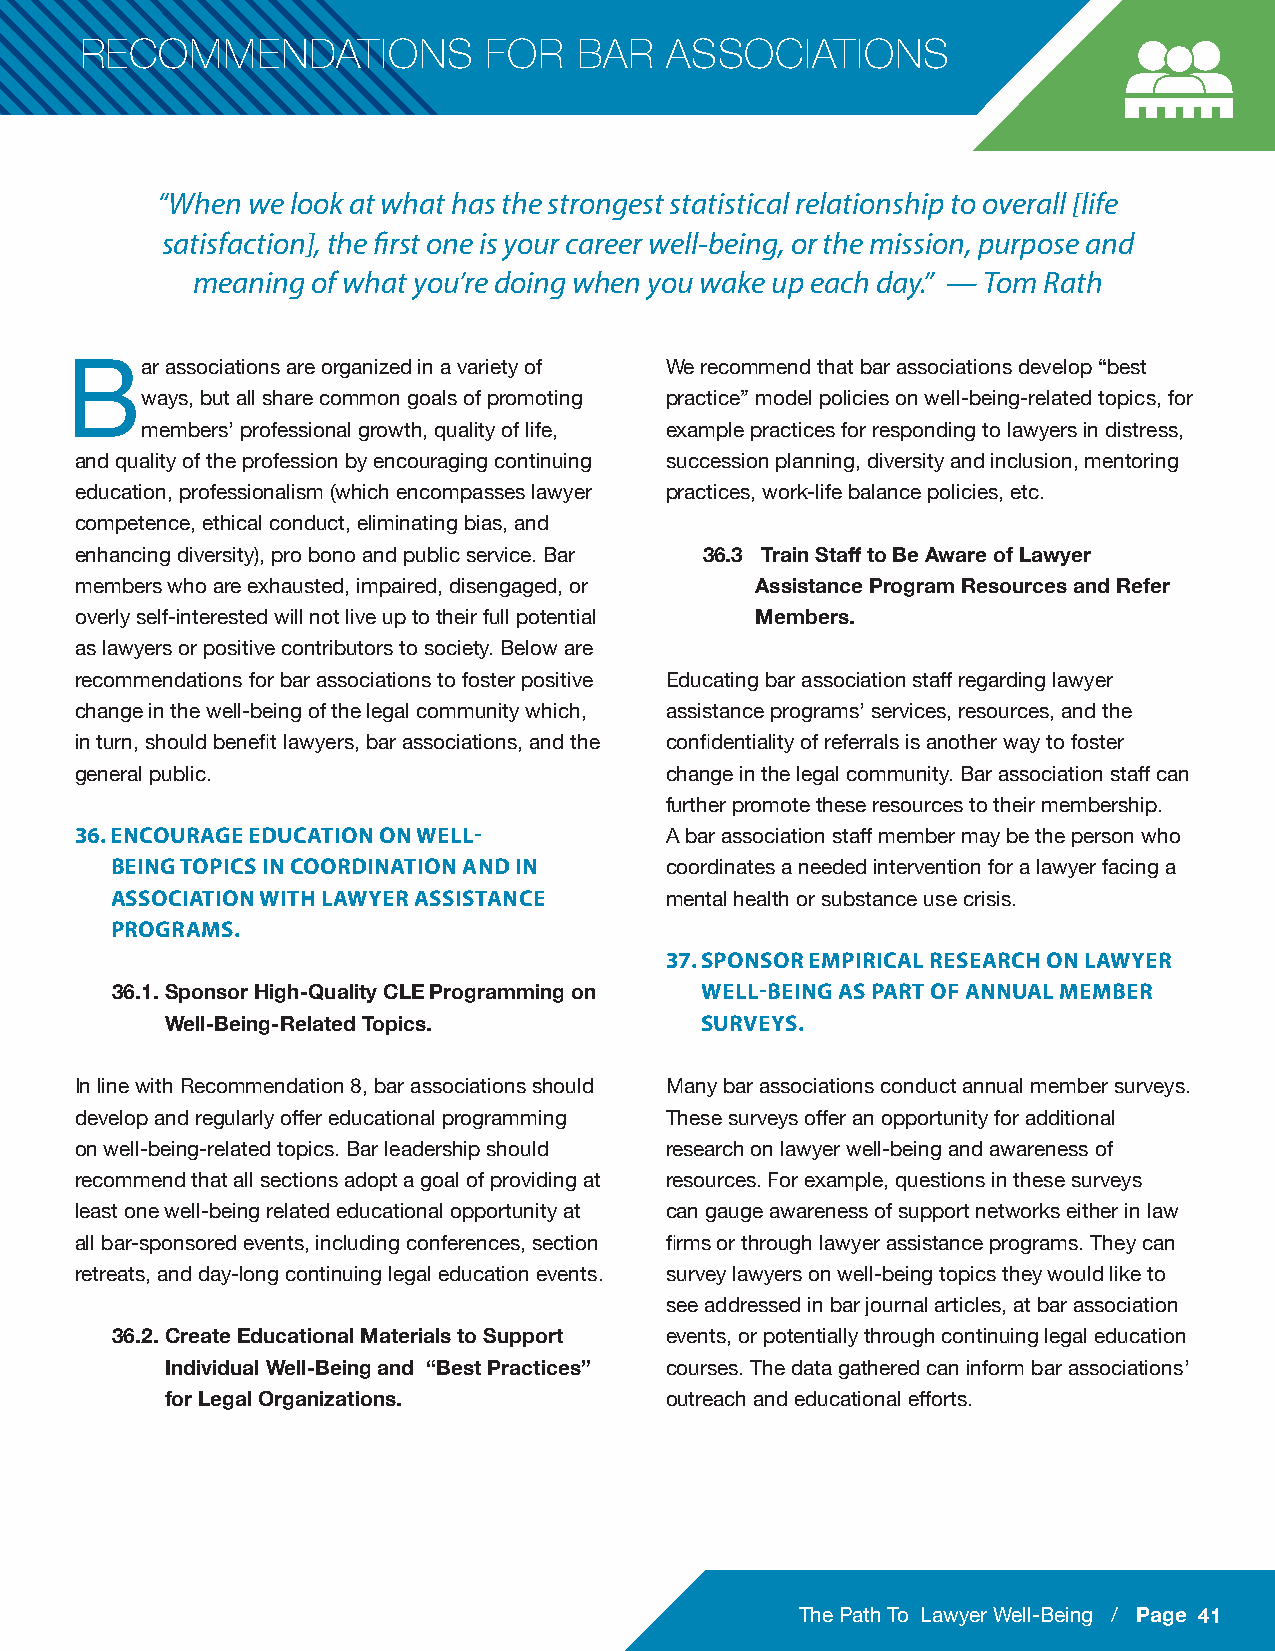
RECOMMENDATIONS            FOR   BAR   ASSOCIATIONS
 “When we look at what has the strongest statistical relationship to overall [life
 satisfaction], the first one is your career well-being, or the mission, purpose and
 meaning of what you’re doing when you wake up each day.” — Tom Rath
 ar associations are organized in a variety of We recommend that bar associations develop “best
 B
 ways, but all share common goals of promoting practice” model policies on well-being-related topics, for
 members’ professional growth, quality of life, example practices for responding to lawyers in distress,
 and quality of the profession by encouraging continuing succession planning, diversity and inclusion, mentoring
 education, professionalism (which encompasses lawyer practices, work-life balance policies, etc.
 competence, ethical conduct, eliminating bias, and
 enhancing diversity), pro bono and public service. Bar 36.3 Train Staff to Be Aware of Lawyer
 members who are exhausted, impaired, disengaged, or Assistance Program Resources and Refer
 overly self-interested will not live up to their full potential Members.
 as lawyers or positive contributors to society. Below are
 recommendations for bar associations to foster positive Educating bar association staff regarding lawyer
 change in the well-being of the legal community which, assistance programs’ services, resources, and the
 in turn, should benefit lawyers, bar associations, and the confidentiality of referrals is another way to foster
 general public.                        change in the legal community. Bar association staff can
 further promote these resources to their membership.
 36. ENCOURAGE EDUCATION ON WELL-
 A bar association staff member may be the person who
 BEING TOPICS IN COORDINATION AND IN
 coordinates a needed intervention for a lawyer facing a
 ASSOCIATION WITH LAWYER ASSISTANCE
 mental health or substance use crisis.
 PROGRAMS.
 37. SPONSOR EMPIRICAL RESEARCH ON LAWYER
 WELL-BEING AS PART OF ANNUAL MEMBER
 36.1. Sponsor High-Quality CLE Programming on
 SURVEYS.
 Well-Being-Related Topics.
 In line with Recommendation 8, bar associations should Many bar associations conduct annual member surveys.
 develop and regularly offer educational programming These surveys offer an opportunity for additional
 on well-being-related topics. Bar leadership should research on lawyer well-being and awareness of
 recommend that all sections adopt a goal of providing at resources. For example, questions in these surveys
 least one well-being related educational opportunity at can gauge awareness of support networks either in law
 all bar-sponsored events, including conferences, section firms or through lawyer assistance programs. They can
 retreats, and day-long continuing legal education events. survey lawyers on well-being topics they would like to
 see addressed in bar journal articles, at bar association
 36.2. Create Educational Materials to Support events, or potentially through continuing legal education
 Individual Well-Being and “Best Practices” courses. The data gathered can inform bar associations’
 for Legal Organizations.         outreach and educational efforts.
 The Path To Lawyer Well-Being / Page 41